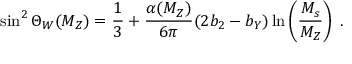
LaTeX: \sin ^ { 2 } \Theta _ { W } ( M _ { Z } ) = \frac { 1 } { 3 } + \frac { \alpha ( M _ { Z } ) } { 6 \pi } ( 2 b _ { 2 } - b _ { Y } ) \ln \left( \frac { M _ { s } } { M _ { Z } } \right) \; .